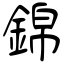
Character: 錦